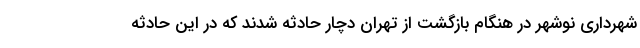
شهرداری نوشهر در هنگام بازگشت از تهران دچار حادثه شدند که در این حادثه